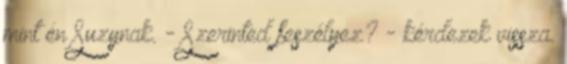
mint én Suzynak. - Szerinted feszélyez? - kérdezek vissza.